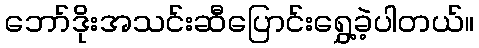
ဘော်ဒိုးအသင်းဆီပြောင်းရွှေ့ခဲ့ပါတယ်။